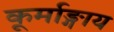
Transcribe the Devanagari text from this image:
कूर्माङ्गाय